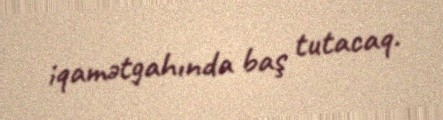
iqamətgahında baş tutacaq.